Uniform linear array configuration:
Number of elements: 48
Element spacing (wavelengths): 0.25
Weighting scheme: hann
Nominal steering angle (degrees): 30
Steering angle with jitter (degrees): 30.237
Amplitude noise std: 0.05
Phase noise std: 0.05

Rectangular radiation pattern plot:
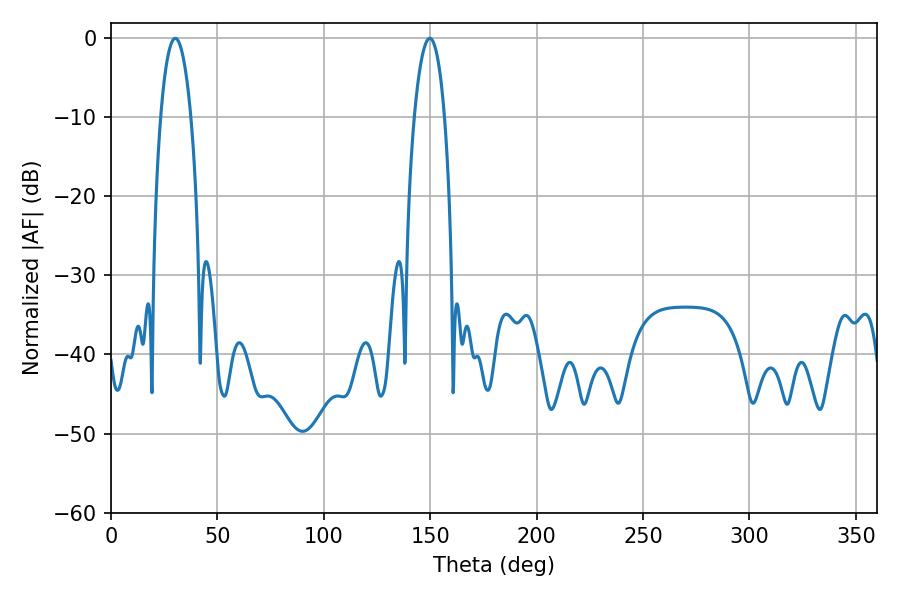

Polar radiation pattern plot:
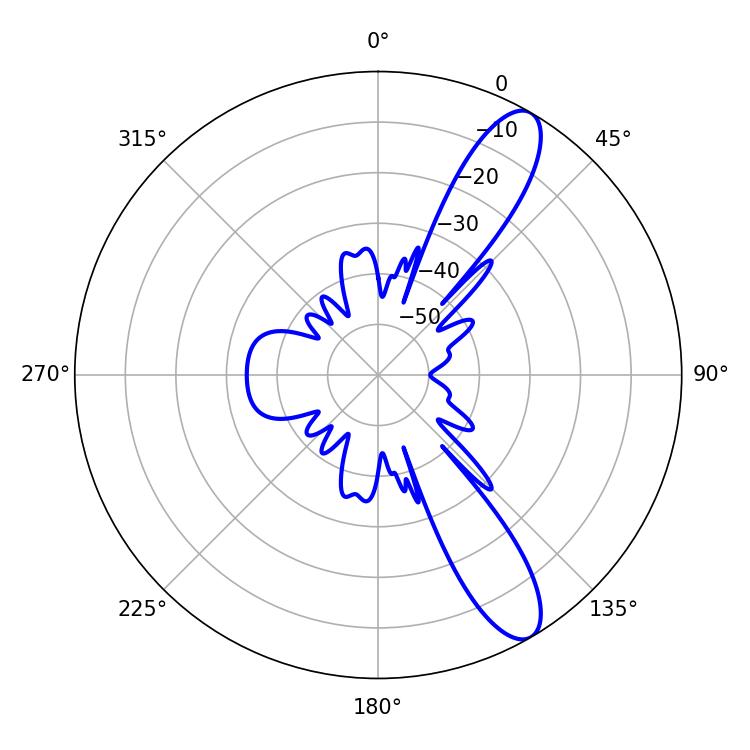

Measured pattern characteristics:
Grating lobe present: FALSE
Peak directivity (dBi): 11.285
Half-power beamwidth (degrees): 7.92
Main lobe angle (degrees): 30.24